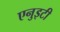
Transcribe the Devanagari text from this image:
एनुइटी